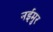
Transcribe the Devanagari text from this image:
नईमुर